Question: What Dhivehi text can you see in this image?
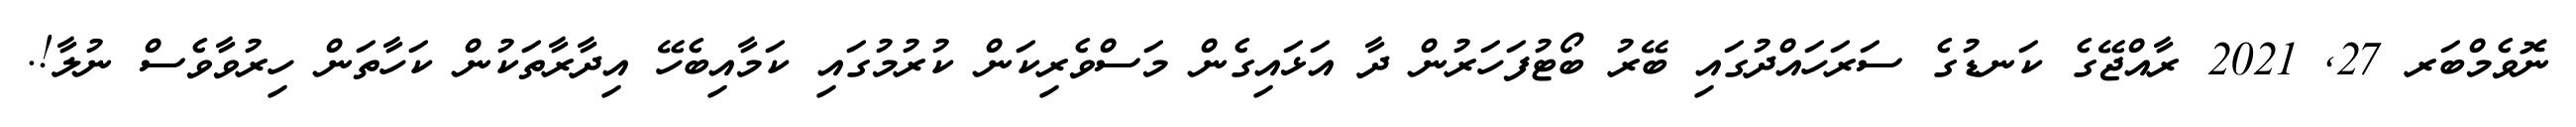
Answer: ނޮވެމްބަރ 27, 2021 ރާއްޖޭގެ ކަނޑުގެ ސަރަހައްދުގައި ބޭރު ބޯޓުފަހަރުން ދާ އަޅައިގެން މަސްވެރިކަން ކުރުމުގައި ކަމާއިބެހޭ އިދާރާތަކުން ކަހާތަން ހިރުވާވެސް ނުލާ!.